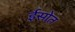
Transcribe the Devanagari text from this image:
ईसोत